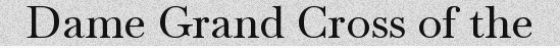
Dame Grand Cross of the